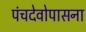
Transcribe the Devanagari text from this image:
पंचदेवोपासना